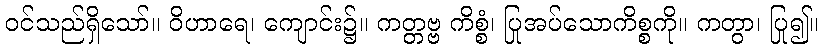
ဝင်သည်ရှိသော်။ ဝိဟာရေ၊ ကျောင်း၌။ ကတ္တဗ္ဗ ကိစ္စံ၊ ပြုအပ်သောကိစ္စကို။ ကတွာ၊ ပြု၍။